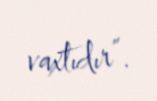
vaxtıdır”.